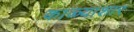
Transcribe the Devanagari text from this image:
काळ्याशार